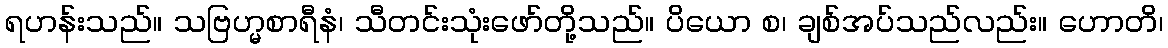
ရဟန်းသည်။ သဗြဟ္မစာရီနံ၊ သီတင်းသုံးဖော်တို့သည်။ ပိယော စ၊ ချစ်အပ်သည်လည်း။ ဟောတိ၊